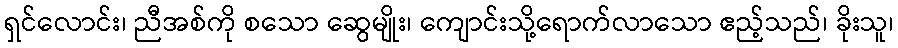
ရှင်လောင်း၊ ညီအစ်ကို စသော ဆွေမျိုး၊ ကျောင်းသို့ရောက်လာသော ဧည့်သည်၊ ခိုးသူ၊